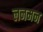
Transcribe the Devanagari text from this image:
लनमन